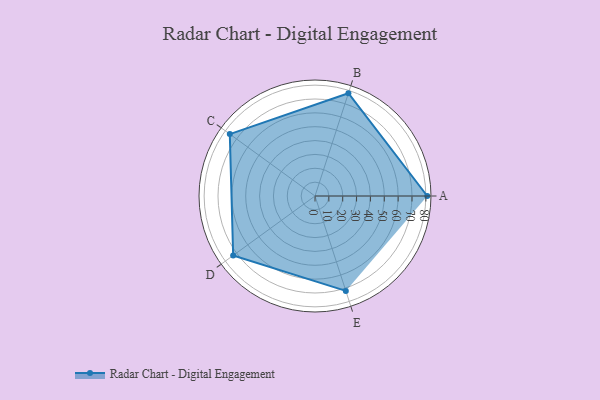
{"axis": {"x": "Skill", "y": "Score"}, "legend": ["Profile"], "data": [{"x": "A", "y": 81.0, "type": "Profile"}, {"x": "B", "y": 78.0, "type": "Profile"}, {"x": "C", "y": 76.0, "type": "Profile"}, {"x": "D", "y": 73.0, "type": "Profile"}, {"x": "E", "y": 72.0, "type": "Profile"}]}